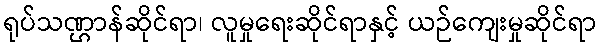
ရုပ်သဏ္ဌာန်ဆိုင်ရာ၊ လူမှုရေးဆိုင်ရာနှင့် ယဉ်ကျေးမှုဆိုင်ရာ